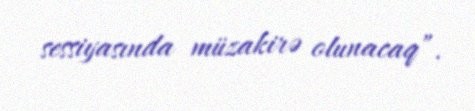
sessiyasında müzakirə olunacaq”.